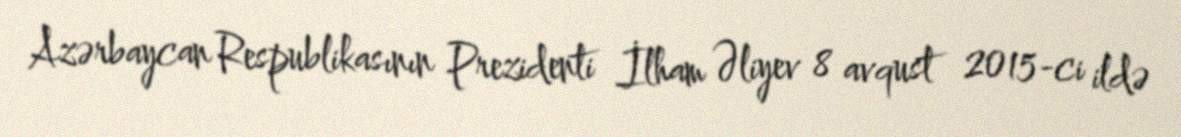
Azərbaycan Respublikasının Prezidenti İlham Əliyev 8 avqust 2015-ci ildə